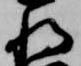
将